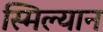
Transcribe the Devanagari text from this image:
स्मिल्यान